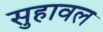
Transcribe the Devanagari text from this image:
सुहावल